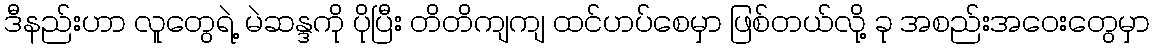
ဒီနည်းဟာ လူတွေရဲ့ မဲဆန္ဒကို ပိုပြီး တိတိကျကျ ထင်ဟပ်စေမှာ ဖြစ်တယ်လို့ ခု အစည်းအဝေးတွေမှာ